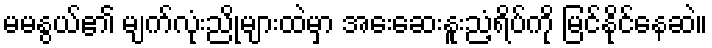
မမနွယ်၏ မျက်လုံးညိုများထဲမှာ အေးဆေးနူးညံ့ရိပ်ကို မြင်နိုင်နေဆဲ။